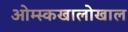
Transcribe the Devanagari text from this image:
ओम्स्कखालोखाल